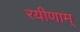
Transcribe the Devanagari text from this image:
रयीणाम्